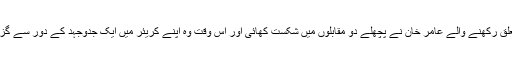
بولٹن سے تعلق رکھنے والے عامر خان نے پچھلے دو مقابلوں میں شکست کھائی اور اس وقت وہ اپنے کریئر میں ایک جدوجہد کے دور سے گزر رہے ہیں۔